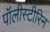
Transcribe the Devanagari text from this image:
पॉलीस्टीरिन